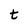
Character: t